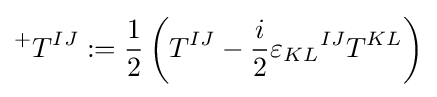
{}^{+}T^{IJ}:={1 \over 2}\left(T^{IJ}-{i \over 2}{\varepsilon _{KL}}^{IJ}T^{KL}\right)